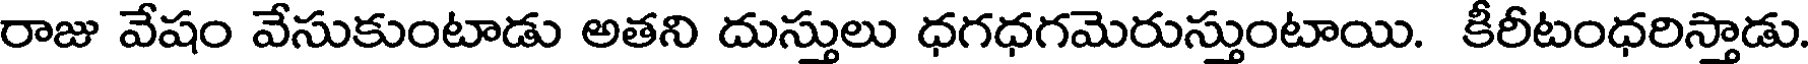
రాజు వేషం వేసుకుంటాడు అతని దుస్తులు ధగధగమెరుస్తుంటాయి. కీరీటంధరిస్తాడు